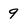
Character: 9